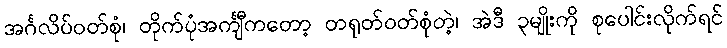
အင်္ဂလိပ်ဝတ်စုံ၊ တိုက်ပုံအင်္ကျီကတော့ တရုတ်ဝတ်စုံတဲ့၊ အဲဒီ ၃မျိုးကို စုပေါင်းလိုက်ရင်